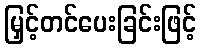
မြှင့်တင်ပေးခြင်းဖြင့်